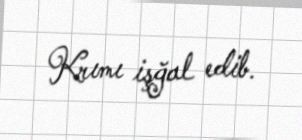
Krımı işğal edib.